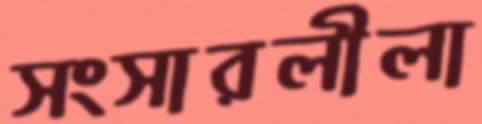
সংসারলীলা